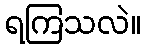
ရကြသလဲ။